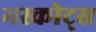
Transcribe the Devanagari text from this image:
मस्कोट्स